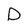
Character: D